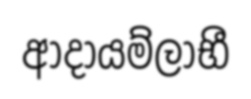
ආදායම්ලාභී